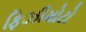
ફિઝીમોટો